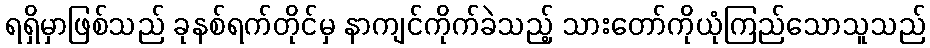
ရရှိမှာဖြစ်သည် ခုနစ်ရက်တိုင်မှ နာကျင်ကိုက်ခဲသည့် သားတော်ကိုယုံကြည်သောသူသည်